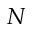
N